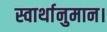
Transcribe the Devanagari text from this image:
स्वार्थानुमान।